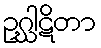
ဥဂ္ဃါဋိတာ